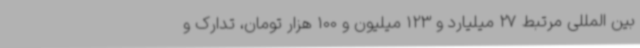
بین المللی مرتبط 27 میلیارد و 123 میلیون و 100 هزار تومان، تدارک و